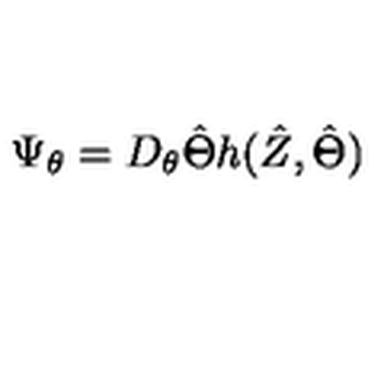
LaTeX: \Psi _ { \theta } = D _ { \theta } \hat { \Theta } h ( \hat { Z } , \hat { \Theta } )